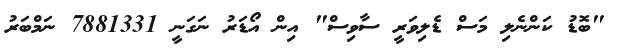
"ބޮޑު ކަންނެލި މަސް ޑެލިވަރީ ސާވިސް" އިން އޯޑަރު ނަގަނީ 7881331 ނަމްބަރު